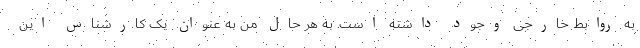
به روابط خارجی وجود داشته است. به هر حال من به عنوان یک کارشناس این